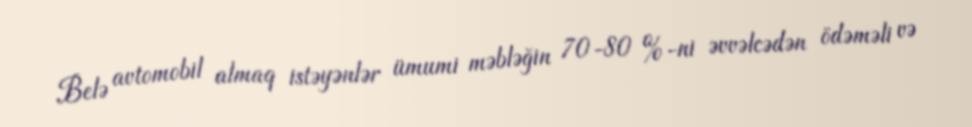
Belə avtomobil almaq istəyənlər ümumi məbləğin 70-80 %-ni əvvəlcədən ödəməli və